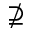
\nsupseteq